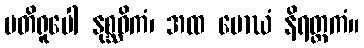
ပတိရူပေါ နုစ္ဆဝိကံ၊ အထ မောဃံ နိရတ္ထကံ။